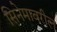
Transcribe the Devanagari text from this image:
सिनेमावरील